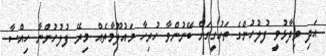
އަދި ވިދާޅުވީ ފުލުހުންގެ ތަހުގީގަށް ބޭނުންވާ ހުރިހާ މައުލޫމާތެއް މިރޭ ފުލުހުންނާ ހިއްސާ